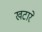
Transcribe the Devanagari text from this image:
खटारे